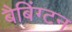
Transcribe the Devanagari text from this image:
बैबिंग्टन